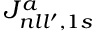
{ \cal J } _ { n l l ^ { \prime } , 1 s } ^ { a }